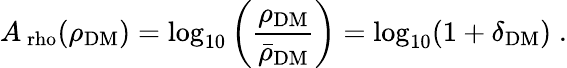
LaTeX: A_{\mathrm{\ rho}}(\rho_{\mathrm{DM}})=\log_{10}\left(\frac{\rho_{\mathrm{DM}}}{\bar{\rho}_{\mathrm{DM}}}\right)=\log_{10}(1+\delta_{\mathrm{DM}})\; .